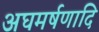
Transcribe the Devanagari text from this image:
अघमर्षणादि